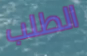
الطلب